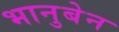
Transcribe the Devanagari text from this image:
भानुबेन